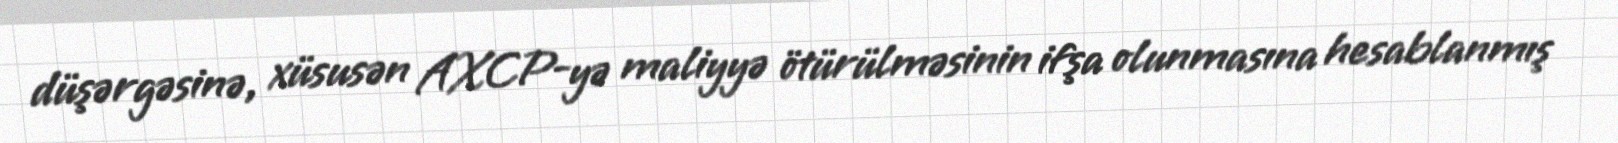
düşərgəsinə, xüsusən AXCP-yə maliyyə ötürülməsinin ifşa olunmasına hesablanmış